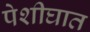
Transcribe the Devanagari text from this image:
पेशीघात